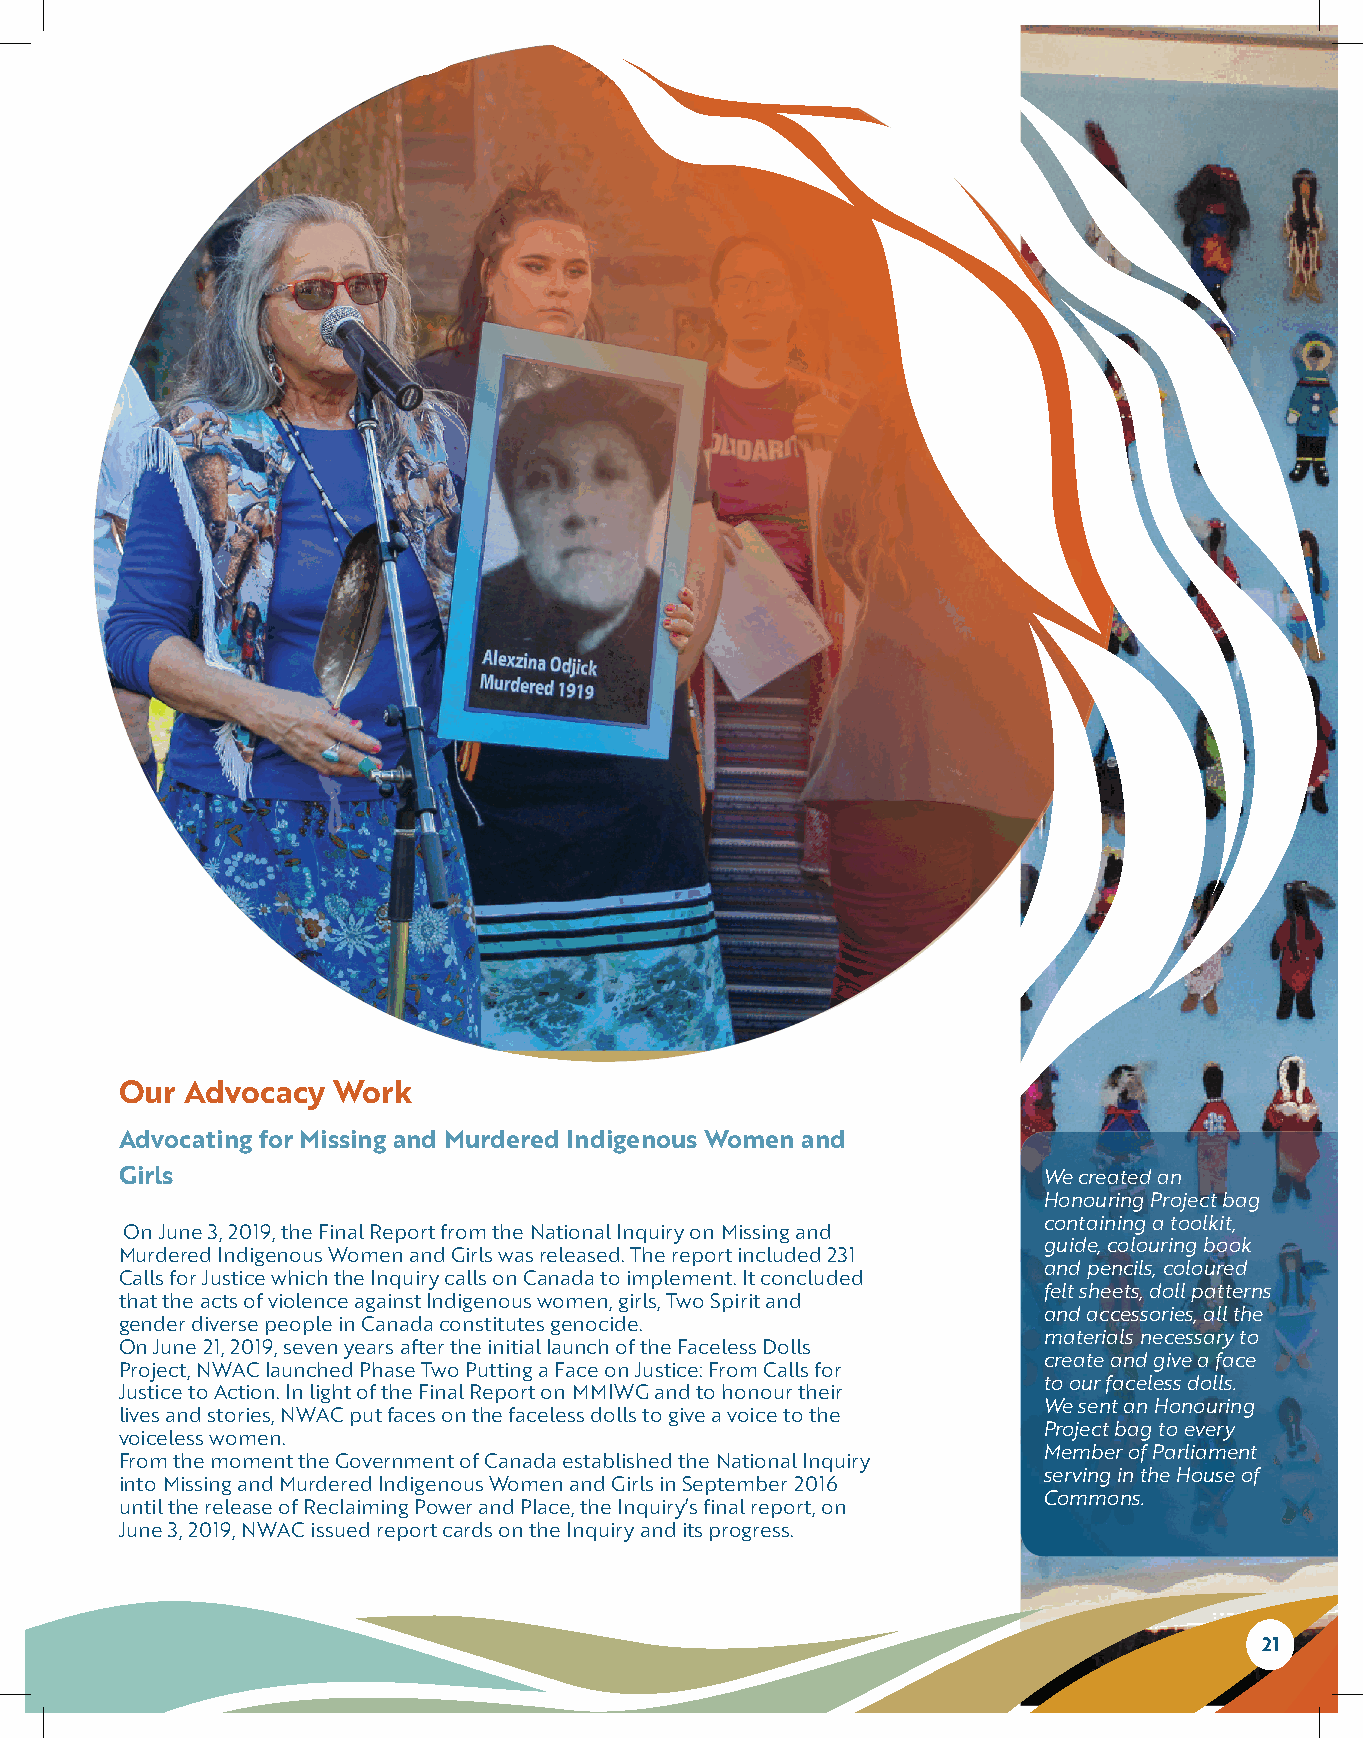
Our Advocacy  Work
 Advocating for Missing and Murdered Indigenous Women and
 Girls                                                        We created an
 Honouring Project bag
 containing a toolkit,
 On June 3, 2019, the Final Report from the National Inquiry on Missing and
 guide, colouring book
 Murdered Indigenous Women and Girls was released. The report included 231
 and pencils, coloured
 Calls for Justice which the Inquiry calls on Canada to implement. It concluded
 felt sheets, doll patterns
 that the acts of violence against Indigenous women, girls, Two Spirit and
 and accessories, all the
 gender diverse people in Canada constitutes genocide.
 materials necessary to
 On June 21, 2019, seven years after the initial launch of the Faceless Dolls
 create and give a face
 Project, NWAC launched Phase Two Putting a Face on Justice: From Calls for
 to our faceless dolls.
 Justice to Action. In light of the Final Report on MMIWG and to honour their
 We sent an Honouring
 lives and stories, NWAC put faces on the faceless dolls to give a voice to the
 Project bag to every
 voiceless women.
 Member of Parliament
 From the moment the Government of Canada established the National Inquiry
 serving in the House of
 into Missing and Murdered Indigenous Women and Girls in September 2016
 Commons.
 until the release of Reclaiming Power and Place, the Inquiry’s final report, on
 June 3, 2019, NWAC issued report cards on the Inquiry and its progress.
 21